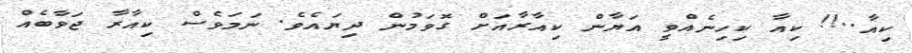
ކިއާ..!! ކިއާ ކިހިނެއްވީ އަޔާން ކިއާރާއަށް ގޮވަމުން ދިޔައެވެ. ނަމަވެސް ކިއާރާ ޖަވާބެއް